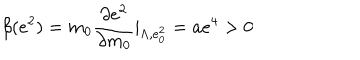
\beta ( e ^ { 2 } ) = m _ { 0 } \frac { \partial e ^ { 2 } } { \partial m _ { 0 } } | _ { \Lambda , e _ { 0 } ^ { 2 } } = a e ^ { 4 } > 0